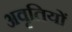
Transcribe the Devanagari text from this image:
अवृतियों